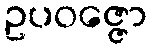
ဥပဝဇ္ဇော